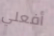
أفعلي